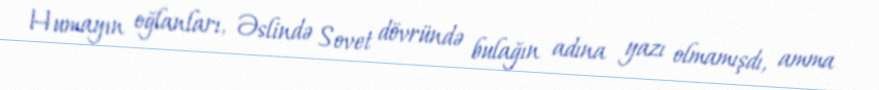
Humayın oğlanları, Əslində Sovet dövründə bulağın adına yazı olmamışdı, amma